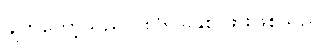
ချက်ကော့သည် ၁၈၆၀ခုနှစ် ဖွားဖြစ်သည်။